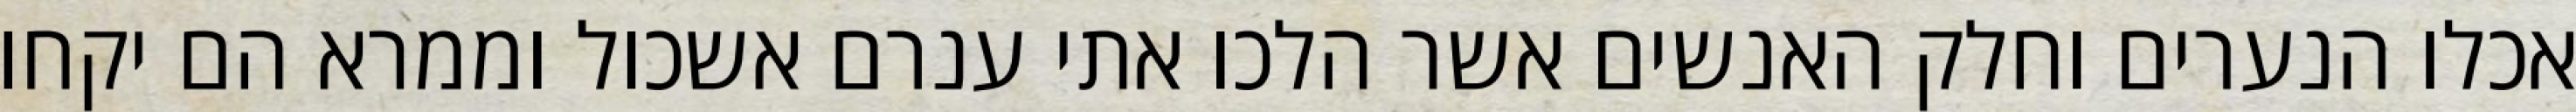
אכלו הנערים וחלק האנשים אשר הלכו אתי ענרם אשכול וממרא הם יקחו